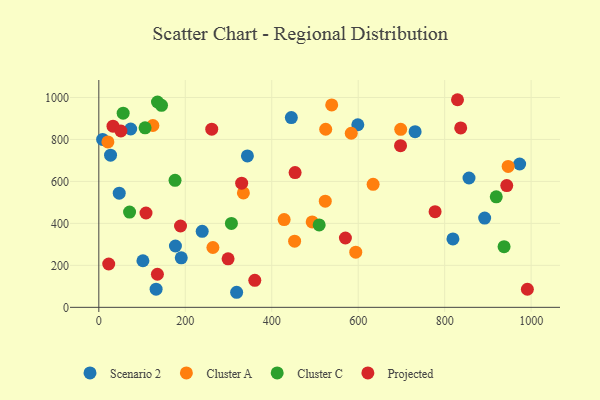
{"axis": {"x": "Experience", "y": "Profit"}, "legend": ["Cluster A", "Cluster C", "Projected", "Scenario 2"], "data": [{"x": "892.5", "y": 425.2, "type": "Scenario 2"}, {"x": "445.3", "y": 904.2, "type": "Scenario 2"}, {"x": "102.0", "y": 222.1, "type": "Scenario 2"}, {"x": "8.8", "y": 800.3, "type": "Scenario 2"}, {"x": "132.5", "y": 86.8, "type": "Scenario 2"}, {"x": "73.7", "y": 849.9, "type": "Scenario 2"}, {"x": "599.1", "y": 870.1, "type": "Scenario 2"}, {"x": "343.7", "y": 721.6, "type": "Scenario 2"}, {"x": "856.3", "y": 616.4, "type": "Scenario 2"}, {"x": "318.8", "y": 71.8, "type": "Scenario 2"}, {"x": "731.6", "y": 836.9, "type": "Scenario 2"}, {"x": "47.2", "y": 544.0, "type": "Scenario 2"}, {"x": "239.1", "y": 362.4, "type": "Scenario 2"}, {"x": "27.1", "y": 725.0, "type": "Scenario 2"}, {"x": "190.7", "y": 235.8, "type": "Scenario 2"}, {"x": "819.1", "y": 326.0, "type": "Scenario 2"}, {"x": "973.4", "y": 683.0, "type": "Scenario 2"}, {"x": "177.2", "y": 292.4, "type": "Scenario 2"}, {"x": "452.9", "y": 315.4, "type": "Cluster A"}, {"x": "428.7", "y": 418.2, "type": "Cluster A"}, {"x": "946.8", "y": 671.7, "type": "Cluster A"}, {"x": "594.3", "y": 262.7, "type": "Cluster A"}, {"x": "538.7", "y": 964.5, "type": "Cluster A"}, {"x": "21.0", "y": 788.2, "type": "Cluster A"}, {"x": "334.4", "y": 545.1, "type": "Cluster A"}, {"x": "524.8", "y": 848.5, "type": "Cluster A"}, {"x": "698.3", "y": 848.2, "type": "Cluster A"}, {"x": "263.9", "y": 285.2, "type": "Cluster A"}, {"x": "125.1", "y": 866.4, "type": "Cluster A"}, {"x": "583.9", "y": 829.5, "type": "Cluster A"}, {"x": "493.5", "y": 407.1, "type": "Cluster A"}, {"x": "634.5", "y": 586.4, "type": "Cluster A"}, {"x": "523.8", "y": 505.8, "type": "Cluster A"}, {"x": "306.7", "y": 400.1, "type": "Cluster C"}, {"x": "71.1", "y": 453.9, "type": "Cluster C"}, {"x": "56.3", "y": 925.2, "type": "Cluster C"}, {"x": "135.7", "y": 978.4, "type": "Cluster C"}, {"x": "176.3", "y": 605.3, "type": "Cluster C"}, {"x": "937.4", "y": 289.1, "type": "Cluster C"}, {"x": "919.3", "y": 526.7, "type": "Cluster C"}, {"x": "107.0", "y": 855.5, "type": "Cluster C"}, {"x": "509.7", "y": 392.6, "type": "Cluster C"}, {"x": "145.0", "y": 962.5, "type": "Cluster C"}, {"x": "454.0", "y": 642.1, "type": "Projected"}, {"x": "32.8", "y": 863.4, "type": "Projected"}, {"x": "943.6", "y": 580.1, "type": "Projected"}, {"x": "22.9", "y": 206.5, "type": "Projected"}, {"x": "777.8", "y": 455.9, "type": "Projected"}, {"x": "697.9", "y": 770.2, "type": "Projected"}, {"x": "829.7", "y": 989.3, "type": "Projected"}, {"x": "991.3", "y": 86.3, "type": "Projected"}, {"x": "330.4", "y": 591.7, "type": "Projected"}, {"x": "837.1", "y": 854.8, "type": "Projected"}, {"x": "360.8", "y": 128.8, "type": "Projected"}, {"x": "135.5", "y": 157.6, "type": "Projected"}, {"x": "261.2", "y": 849.2, "type": "Projected"}, {"x": "570.4", "y": 330.4, "type": "Projected"}, {"x": "299.0", "y": 231.1, "type": "Projected"}, {"x": "109.1", "y": 449.5, "type": "Projected"}, {"x": "51.0", "y": 840.2, "type": "Projected"}, {"x": "189.0", "y": 387.5, "type": "Projected"}]}